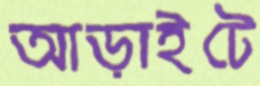
আড়াইটে